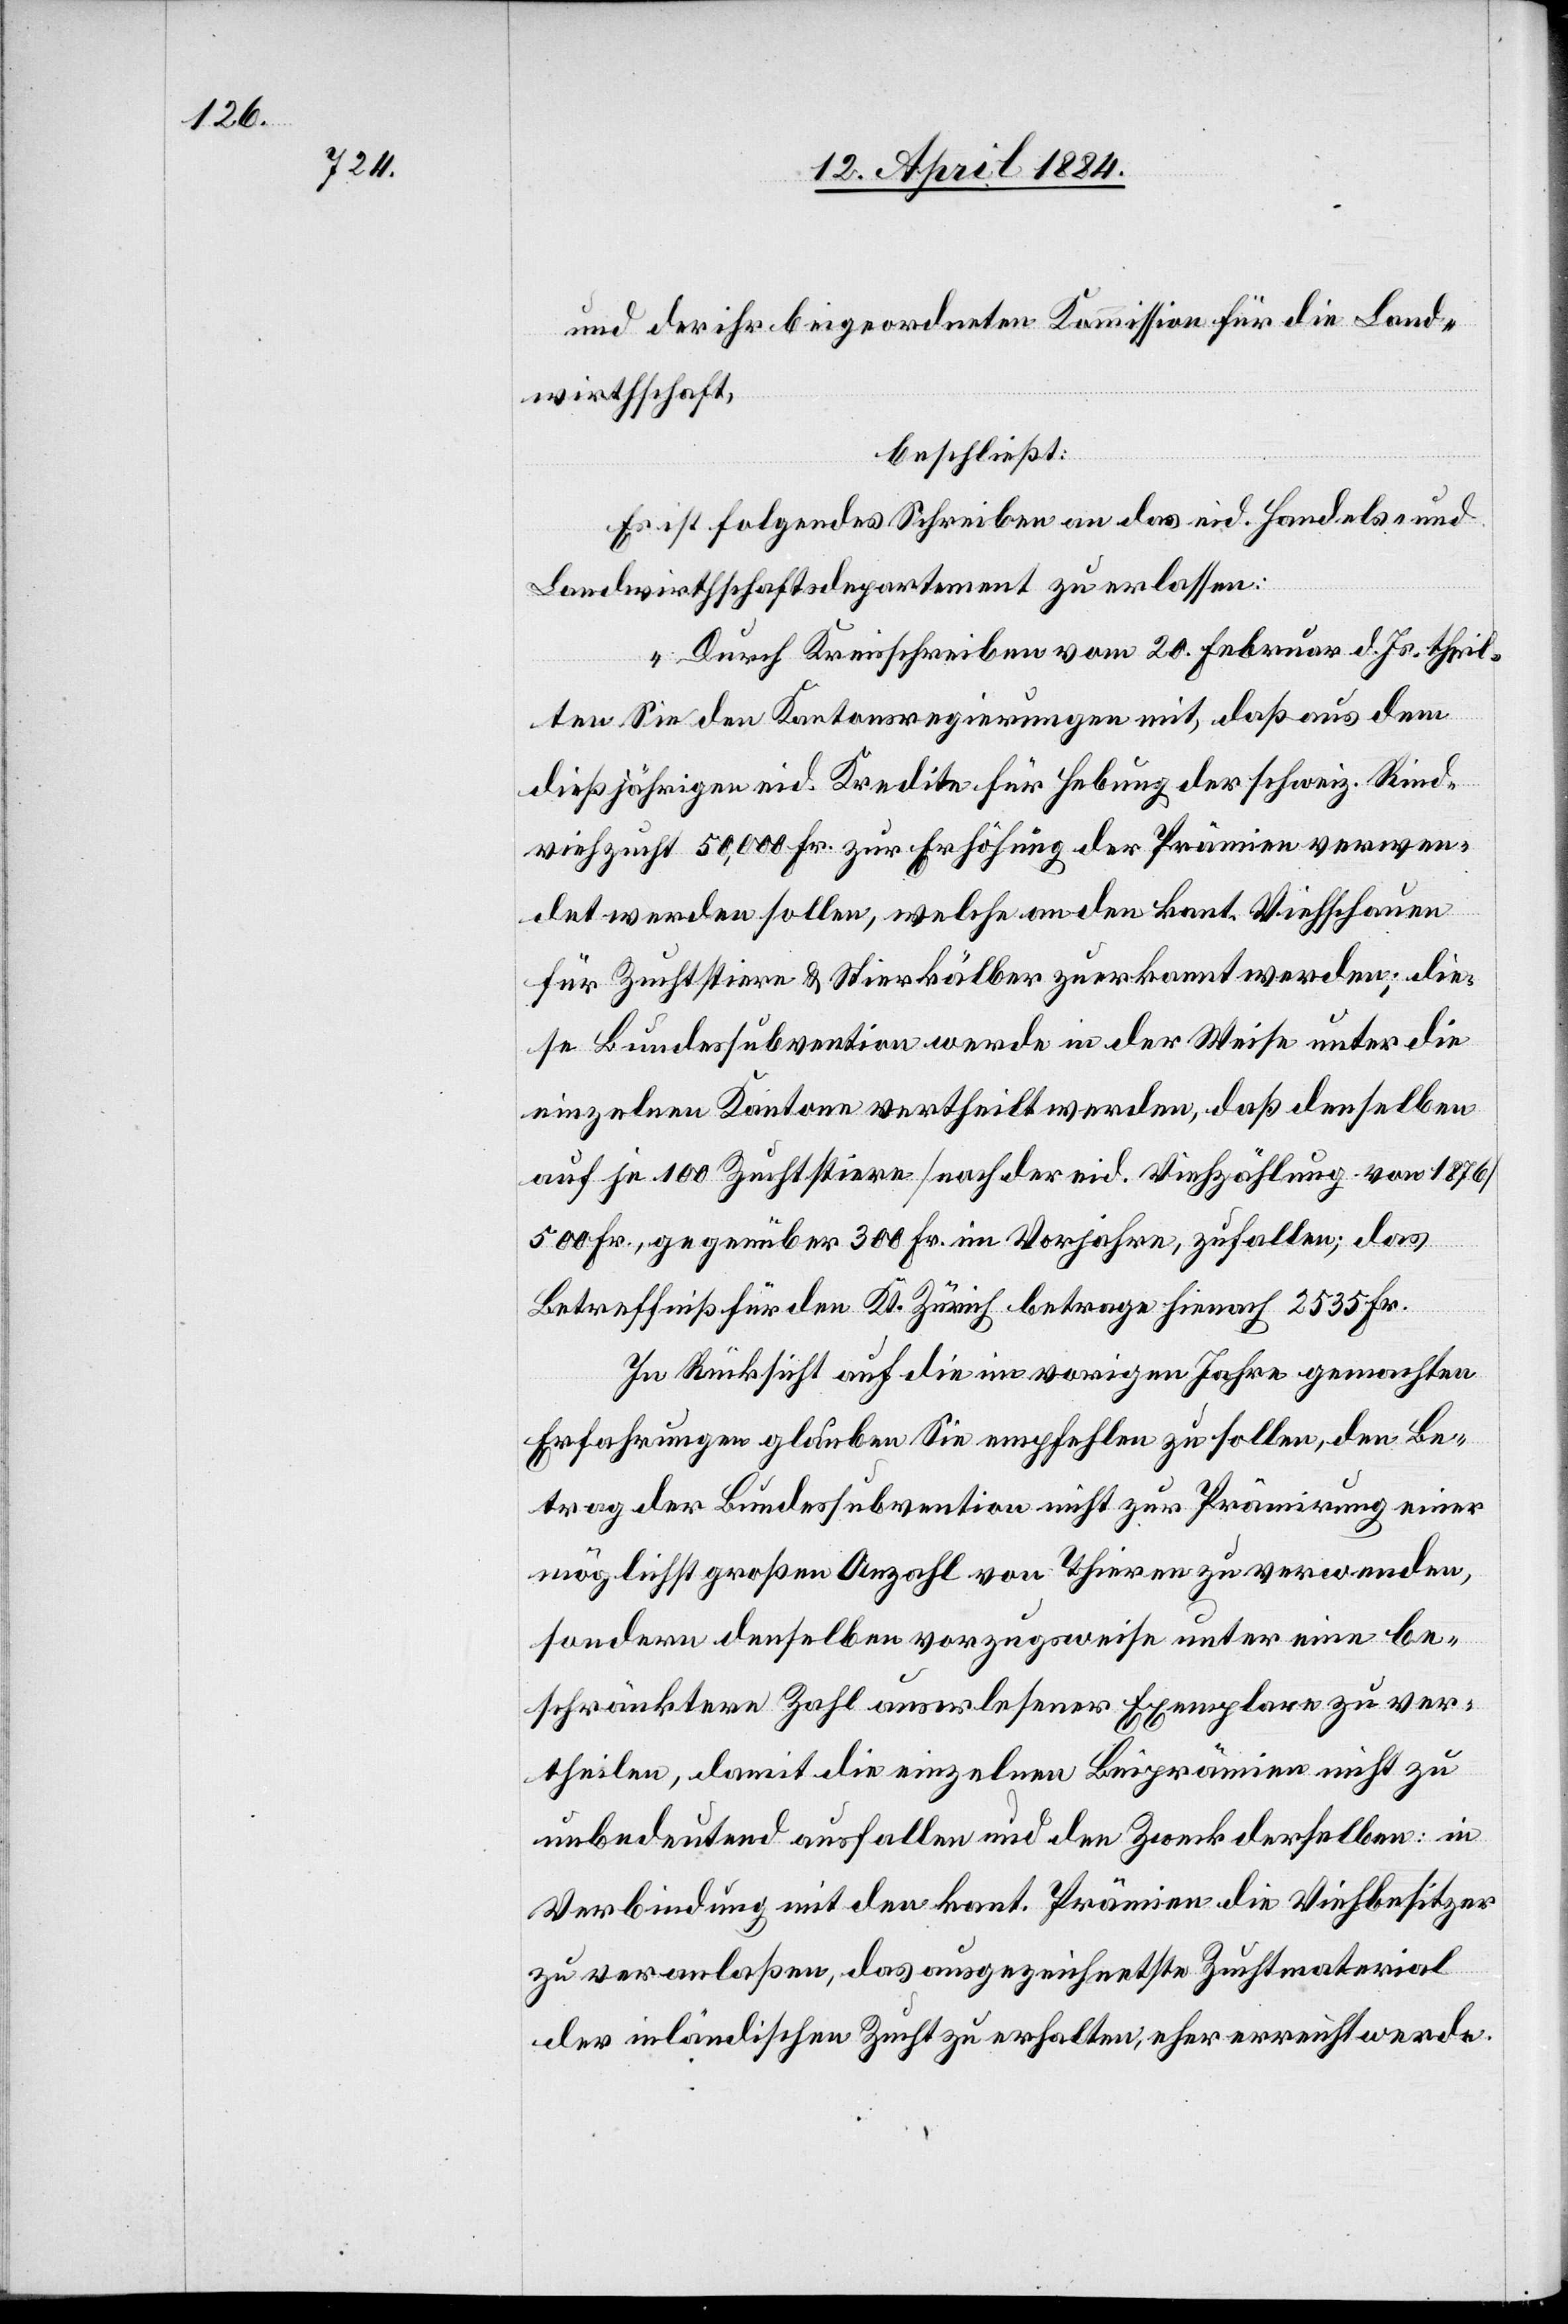
und der ihr beigeordneten Kommission für die Land¬
wirthschaft,
beschließt:
Es ist folgendes Schreiben an das eid. Handels- und
Landwirthschaftsdepartement zu erlassen:
„Durch Kreisschreiben vom 20. Februar d. Js. theil¬
ten Sie den Kantonsregierungen mit, daß aus dem
dießjährigen eid. Kredite für Hebung der schweiz. Rind¬
viehzucht 50,000 Fr. zur Erhöhung der Prämien verwen¬
det werden sollen, welche an den kant. Viehschauen
für Zuchtstiere & Stierkälber zuerkannt werden; die¬
se Bundessubvention werde in der Weise unter die
einzelnen Kantone vertheilt werden, daß denselben
auf je 100 Zuchtstiere [nach der eid. Viehzählung von 1876]
500 Fr., gegenüber 300 Fr. im Vorjahre, zufallen; das
Betreffniß für den Kt. Zürich betrage hienach 2535 Fr.
In Rücksicht auf die im vorigen Jahre gemachten
Erfahrungen glauben Sie empfehlen zu sollen, den Be¬
trag der Bundessubvention nicht zur Prämirung einer
möglichst großen Anzahl von Thieren zu verwenden,
sondern, denselben vorzugsweise unter eine be¬
schränktere Zahl auserlesener Exemplare zu ver¬
theilen, damit die einzelnen Beiprämien nicht zu
unbedeutend ausfallen und den Zweck derselben: in
Verbindung mit den kant. Prämien die Viehbesitzer
zu veranlaßen, das ausgezeichnetste Zuchtmaterial
der inländischen Zucht zu erhalten, eher erreicht werde.